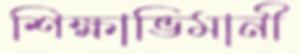
শিক্ষাভিমানী